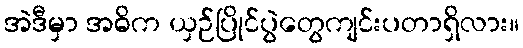
အဲဒီမှာ အဓိက ယှဉ်ပြိုင်ပွဲတွေကျင်းပတာရှိလား။